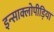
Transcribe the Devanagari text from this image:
इन्साक्लोपीड़िया